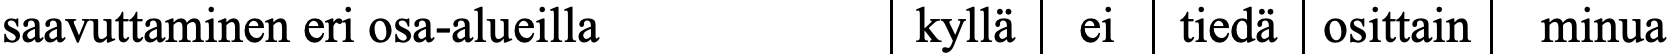
saavuttaminen eri osa-alueilla kyllä ei tiedä osittain minua